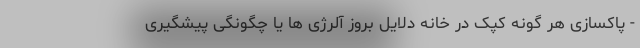
- پاکسازی هر گونه کپک در خانه دلایل بروز آلرژی ها یا چگونگی پیشگیری